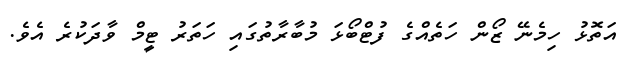
އަތޮޅު ހިމެނޭ ޒޯން ހަތެއްގެ ފުޓްބޯޅަ މުބާރާތުގައި ހަތަރު ޓީމް ވާދަކުރެ އެވެ.